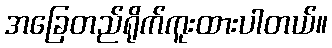
အခြေတည်ရိုက်ကူးထားပါတယ်။